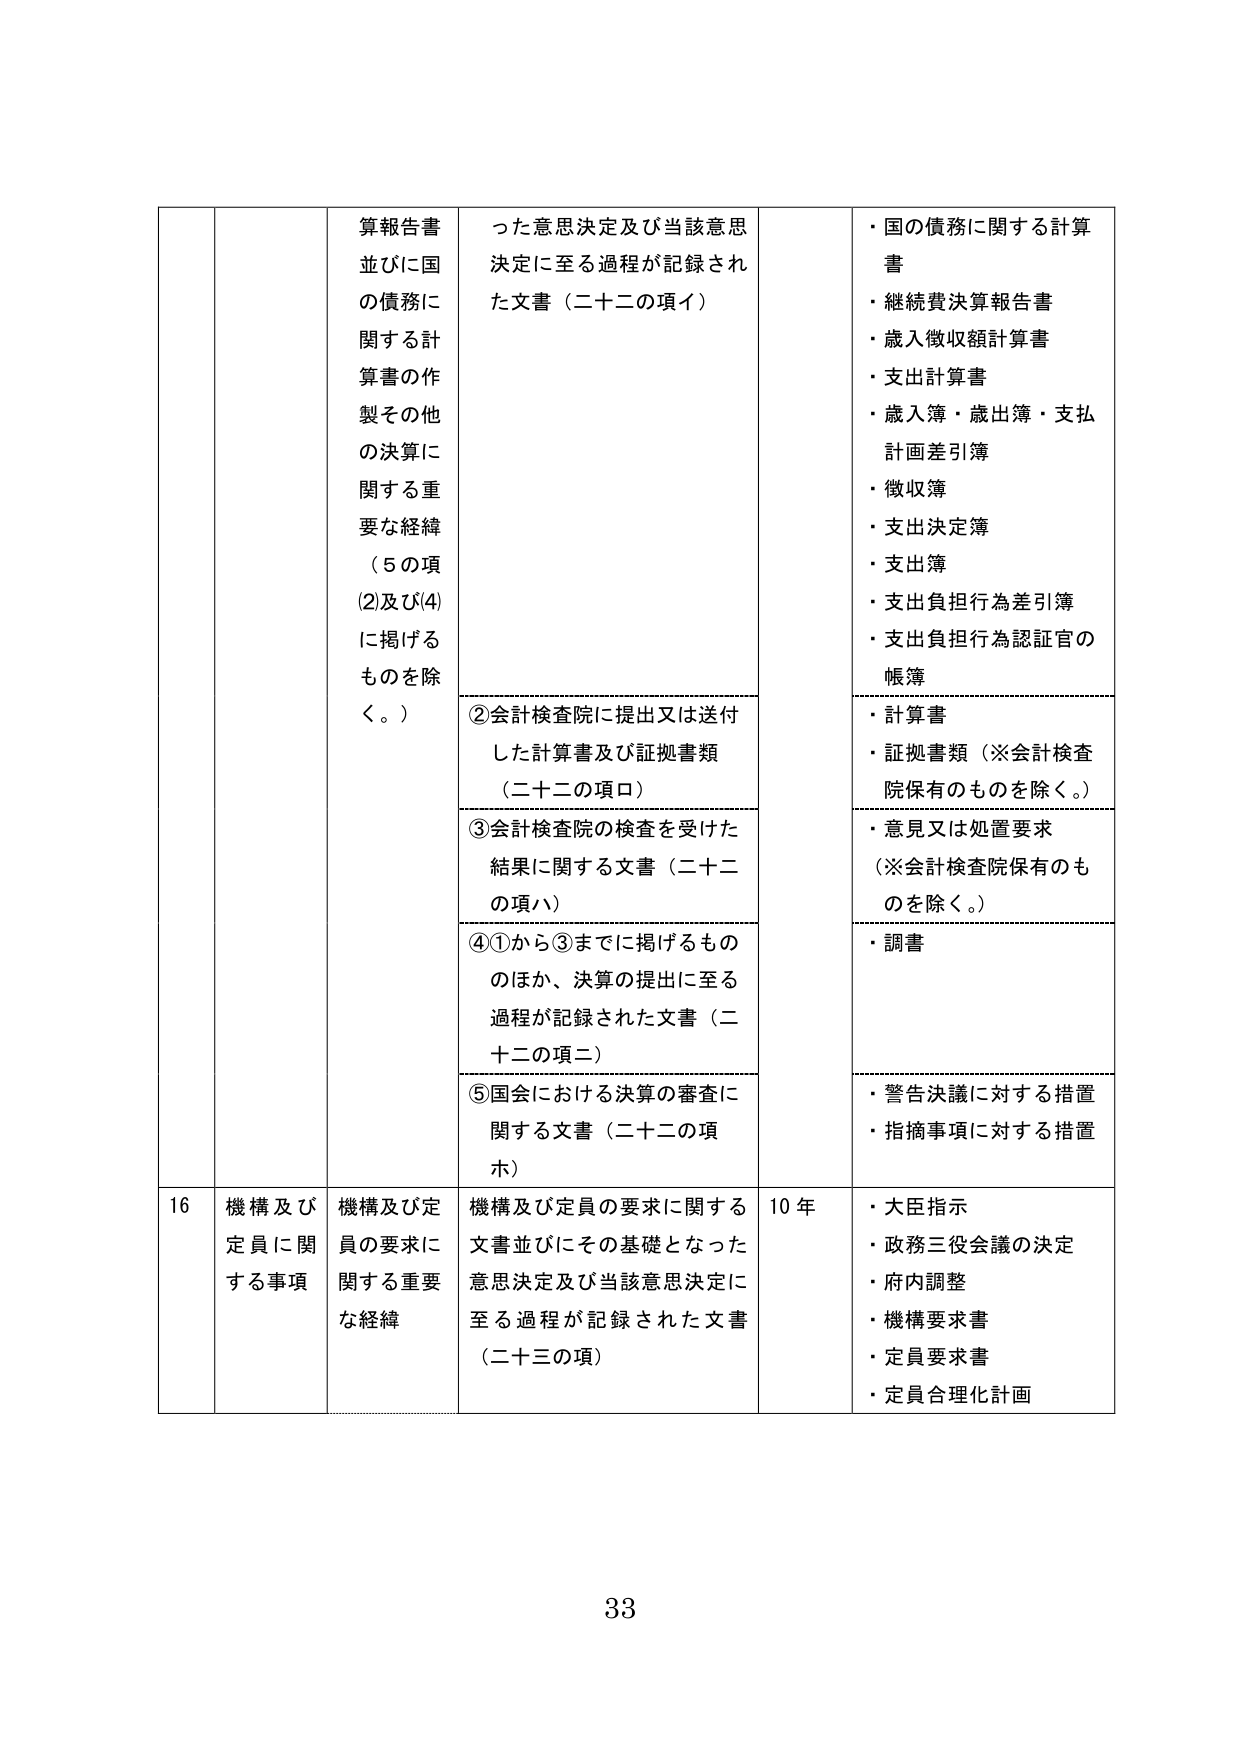
算報告書
並びに国の債務に関する計算書の作製その他 の決算に関する重要な経緯
（5の項(2)及び(4)に掲げるものを除く。）

った意思決定及び当該意思決定に至る過程が記録された文書（二十二の項イ）

・国の債務に関する計算書
・継続費決算報告書
・歳入徴収額計算書
・支出計算書
・歳入簿・歳出簿・支払計画差引簿
・徴収簿
・支出決定簿
・支出簿
・支出負担行為差引簿
・支出負担行為認証官の帳簿

②会計検査院に提出又は送付した計算書及び証拠書類（二十二の項ロ）

・計算書
・証拠書類（※会計検査院保有のものを除く。）

③会計検査院の検査を受けた結果に関する文書（二十二の項ハ）

・意見又は処置要求（※会計検査院保有のものを除く。）

④①から③までに掲げるもののほか、決算の提出に至る過程が記録された文書（二十二の項ニ）

・調書

⑤国会における決算の審査に関する文書（二十二の項ホ）

・警告決議に対する措置
・指摘事項に対する措置

16 機構及び定員に関する事項

機構及び定員の要求に関する重要な経緯

機構及び定員の要求に関する文書並びにその基礎となった意思決定及び当該意思決定に至る過程が記録された文書（二十三の項）

10 年

・大臣指示
・政務三役会議の決定
・府内調整
・機構要求書
・定員要求書
・定員合理化計画

33